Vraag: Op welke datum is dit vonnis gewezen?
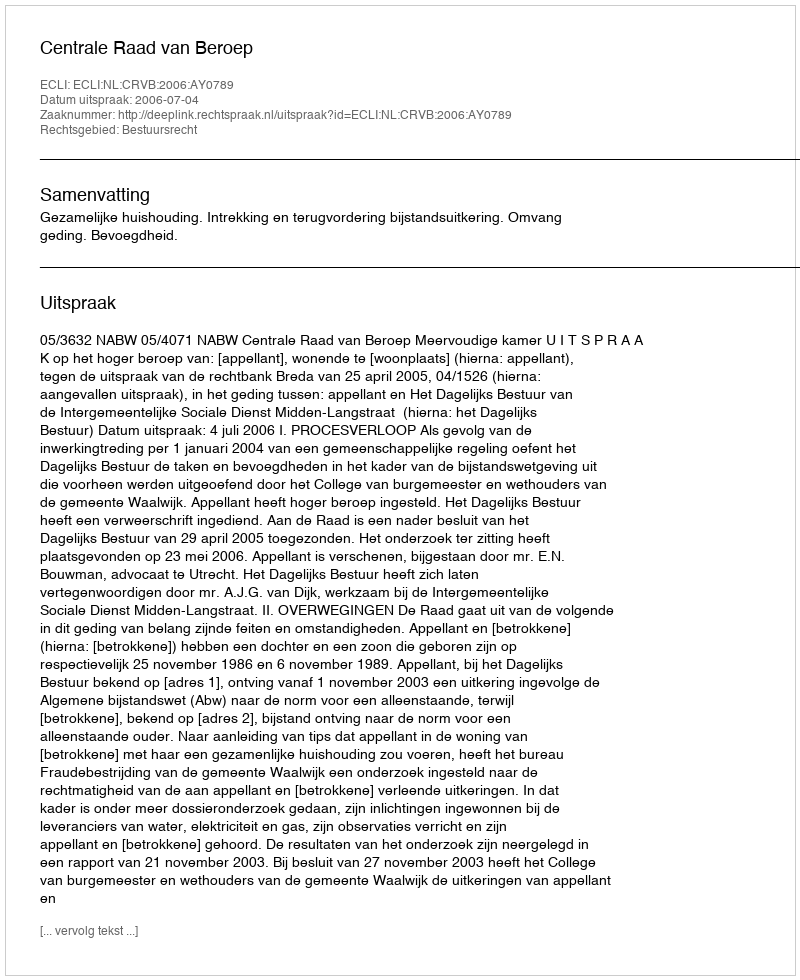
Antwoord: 2006-07-04